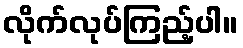
လိုက်လုပ်ကြည့်ပါ။